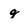
Character: g